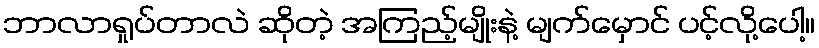
ဘာလာရှုပ်တာလဲ ဆိုတဲ့ အကြည့်မျိုးနဲ့ မျက်မှောင် ပင့်လို့ပေါ့။